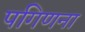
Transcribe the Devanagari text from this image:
पगिणना